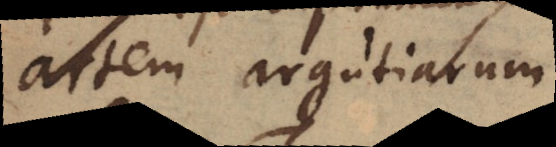
artem argutiarum